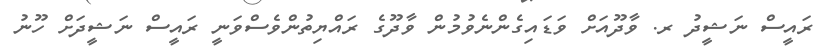
ރައީސް ނަޝީދު ރ. ވާދޫއަށް ވަޑައިގެންނެވުމުން ވާދޫގެ ރައްޔިތުންވެސްވަނީ ރައީސް ނަޝީދަށް ހޫނު